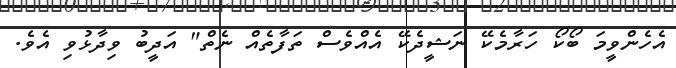
އެހެންވީމަ ބޯކޯ ހަރާމެކޭ ނަޝީދެކޭ އެއްވެސް ތަފާތެއް ނެތް" އަދީބު ވިދާޅުވި އެވެ.